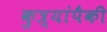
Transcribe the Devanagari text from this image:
कुत्र्यांपैकी